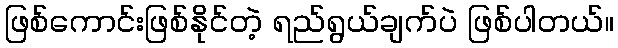
ဖြစ်ကောင်းဖြစ်နိုင်တဲ့ ရည်ရွယ်ချက်ပဲ ဖြစ်ပါတယ်။